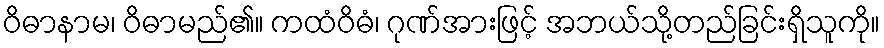
ဝိဓာနာမ၊ ဝိဓာမည်၏။ ကထံဝိဓံ၊ ဂုဏ်အားဖြင့် အဘယ်သို့တည်ခြင်းရှိသူကို။